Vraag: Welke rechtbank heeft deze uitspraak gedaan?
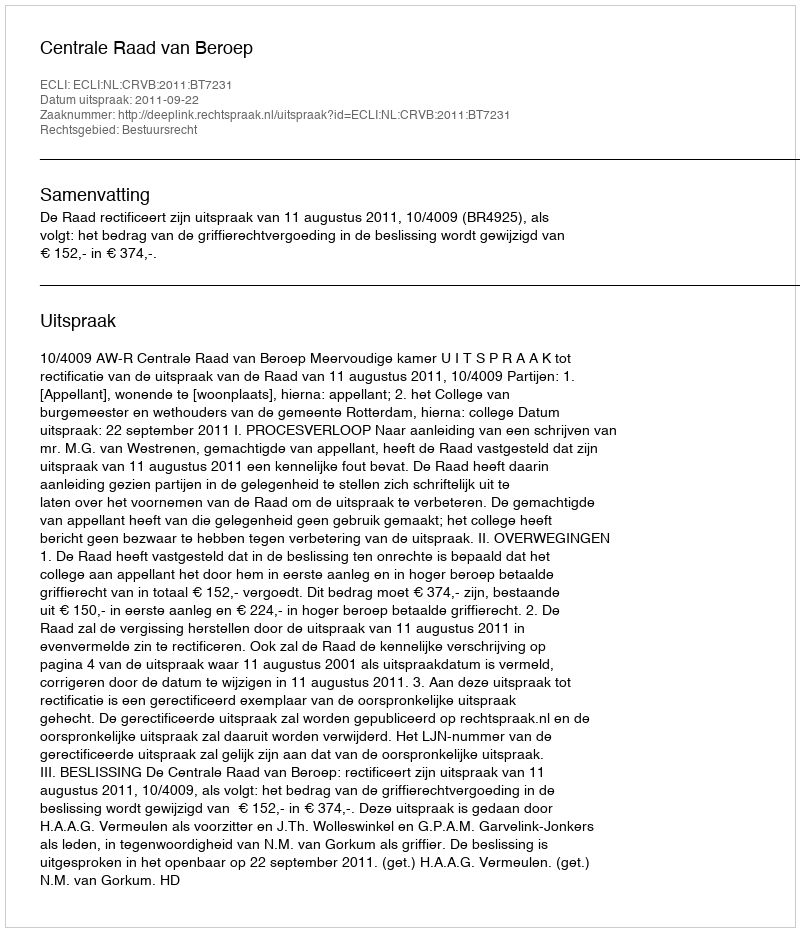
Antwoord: Centrale Raad van Beroep